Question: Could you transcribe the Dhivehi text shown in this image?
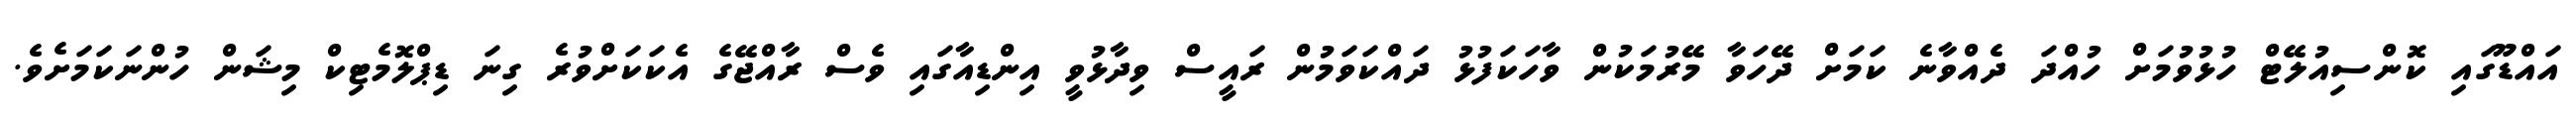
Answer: އައްޑޫގައި ކޮންސިއުލޭޓް ހުޅުވުމަށް ހުއްދަ ދެއްވާނެ ކަމަށް ދޭހަވާ މޭރުމަކުން ވާހަކަފުޅު ދައްކަވަމުން ރައީސް ވިދާޅުވީ އިންޑިއާގައި ވެސް ރާއްޖޭގެ އެކަކަށްވުރެ ގިނަ ޑިޕްލޮމެޓިކް މިޝަން ހުންނަކަމަށެވެ.